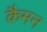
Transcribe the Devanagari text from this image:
कैमन